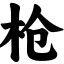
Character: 枪